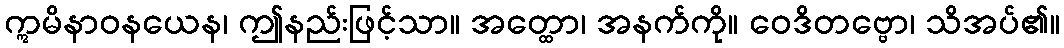
ဣမိနာဝနယေန၊ ဤနည်းဖြင့်သာ။ အတ္ထော၊ အနက်ကို။ ဝေဒိတဗ္ဗော၊ သိအပ်၏။